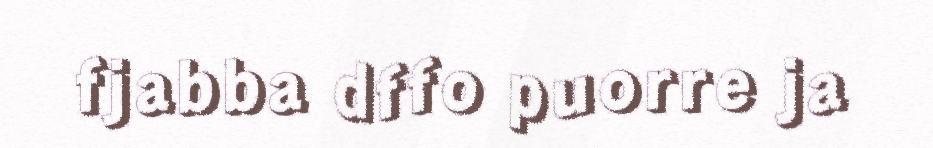
fjabba dffo puorre ja